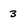
Character: 3